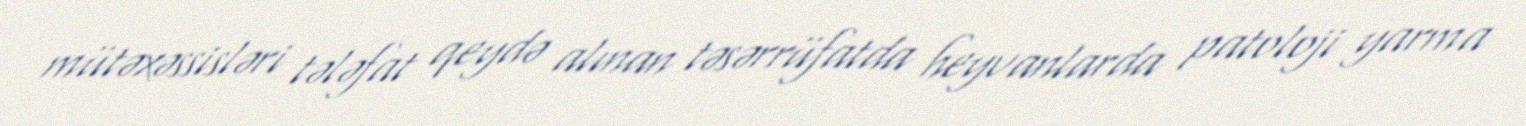
mütəxəssisləri tələfat qeydə alınan təsərrüfatda heyvanlarda patoloji yarma